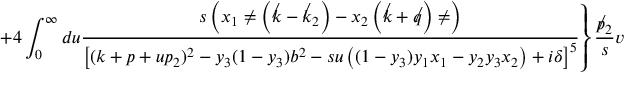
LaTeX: \left. + 4 \int _ { 0 } ^ { \infty } d u \frac { s \left( x _ { 1 } \not e \left( \not k - \not k _ { 2 } \right) - x _ { 2 } \left( \not k + \not q \right) \not e \right) } { \left[ ( k + p + u p _ { 2 } ) ^ { 2 } - y _ { 3 } ( 1 - y _ { 3 } ) b ^ { 2 } - s u \left( ( 1 - y _ { 3 } ) y _ { 1 } x _ { 1 } - y _ { 2 } y _ { 3 } x _ { 2 } \right) + i \delta \right] ^ { 5 } } \right\} \frac { \not p _ { 2 } } { s } v _ { 2 } ~ ,